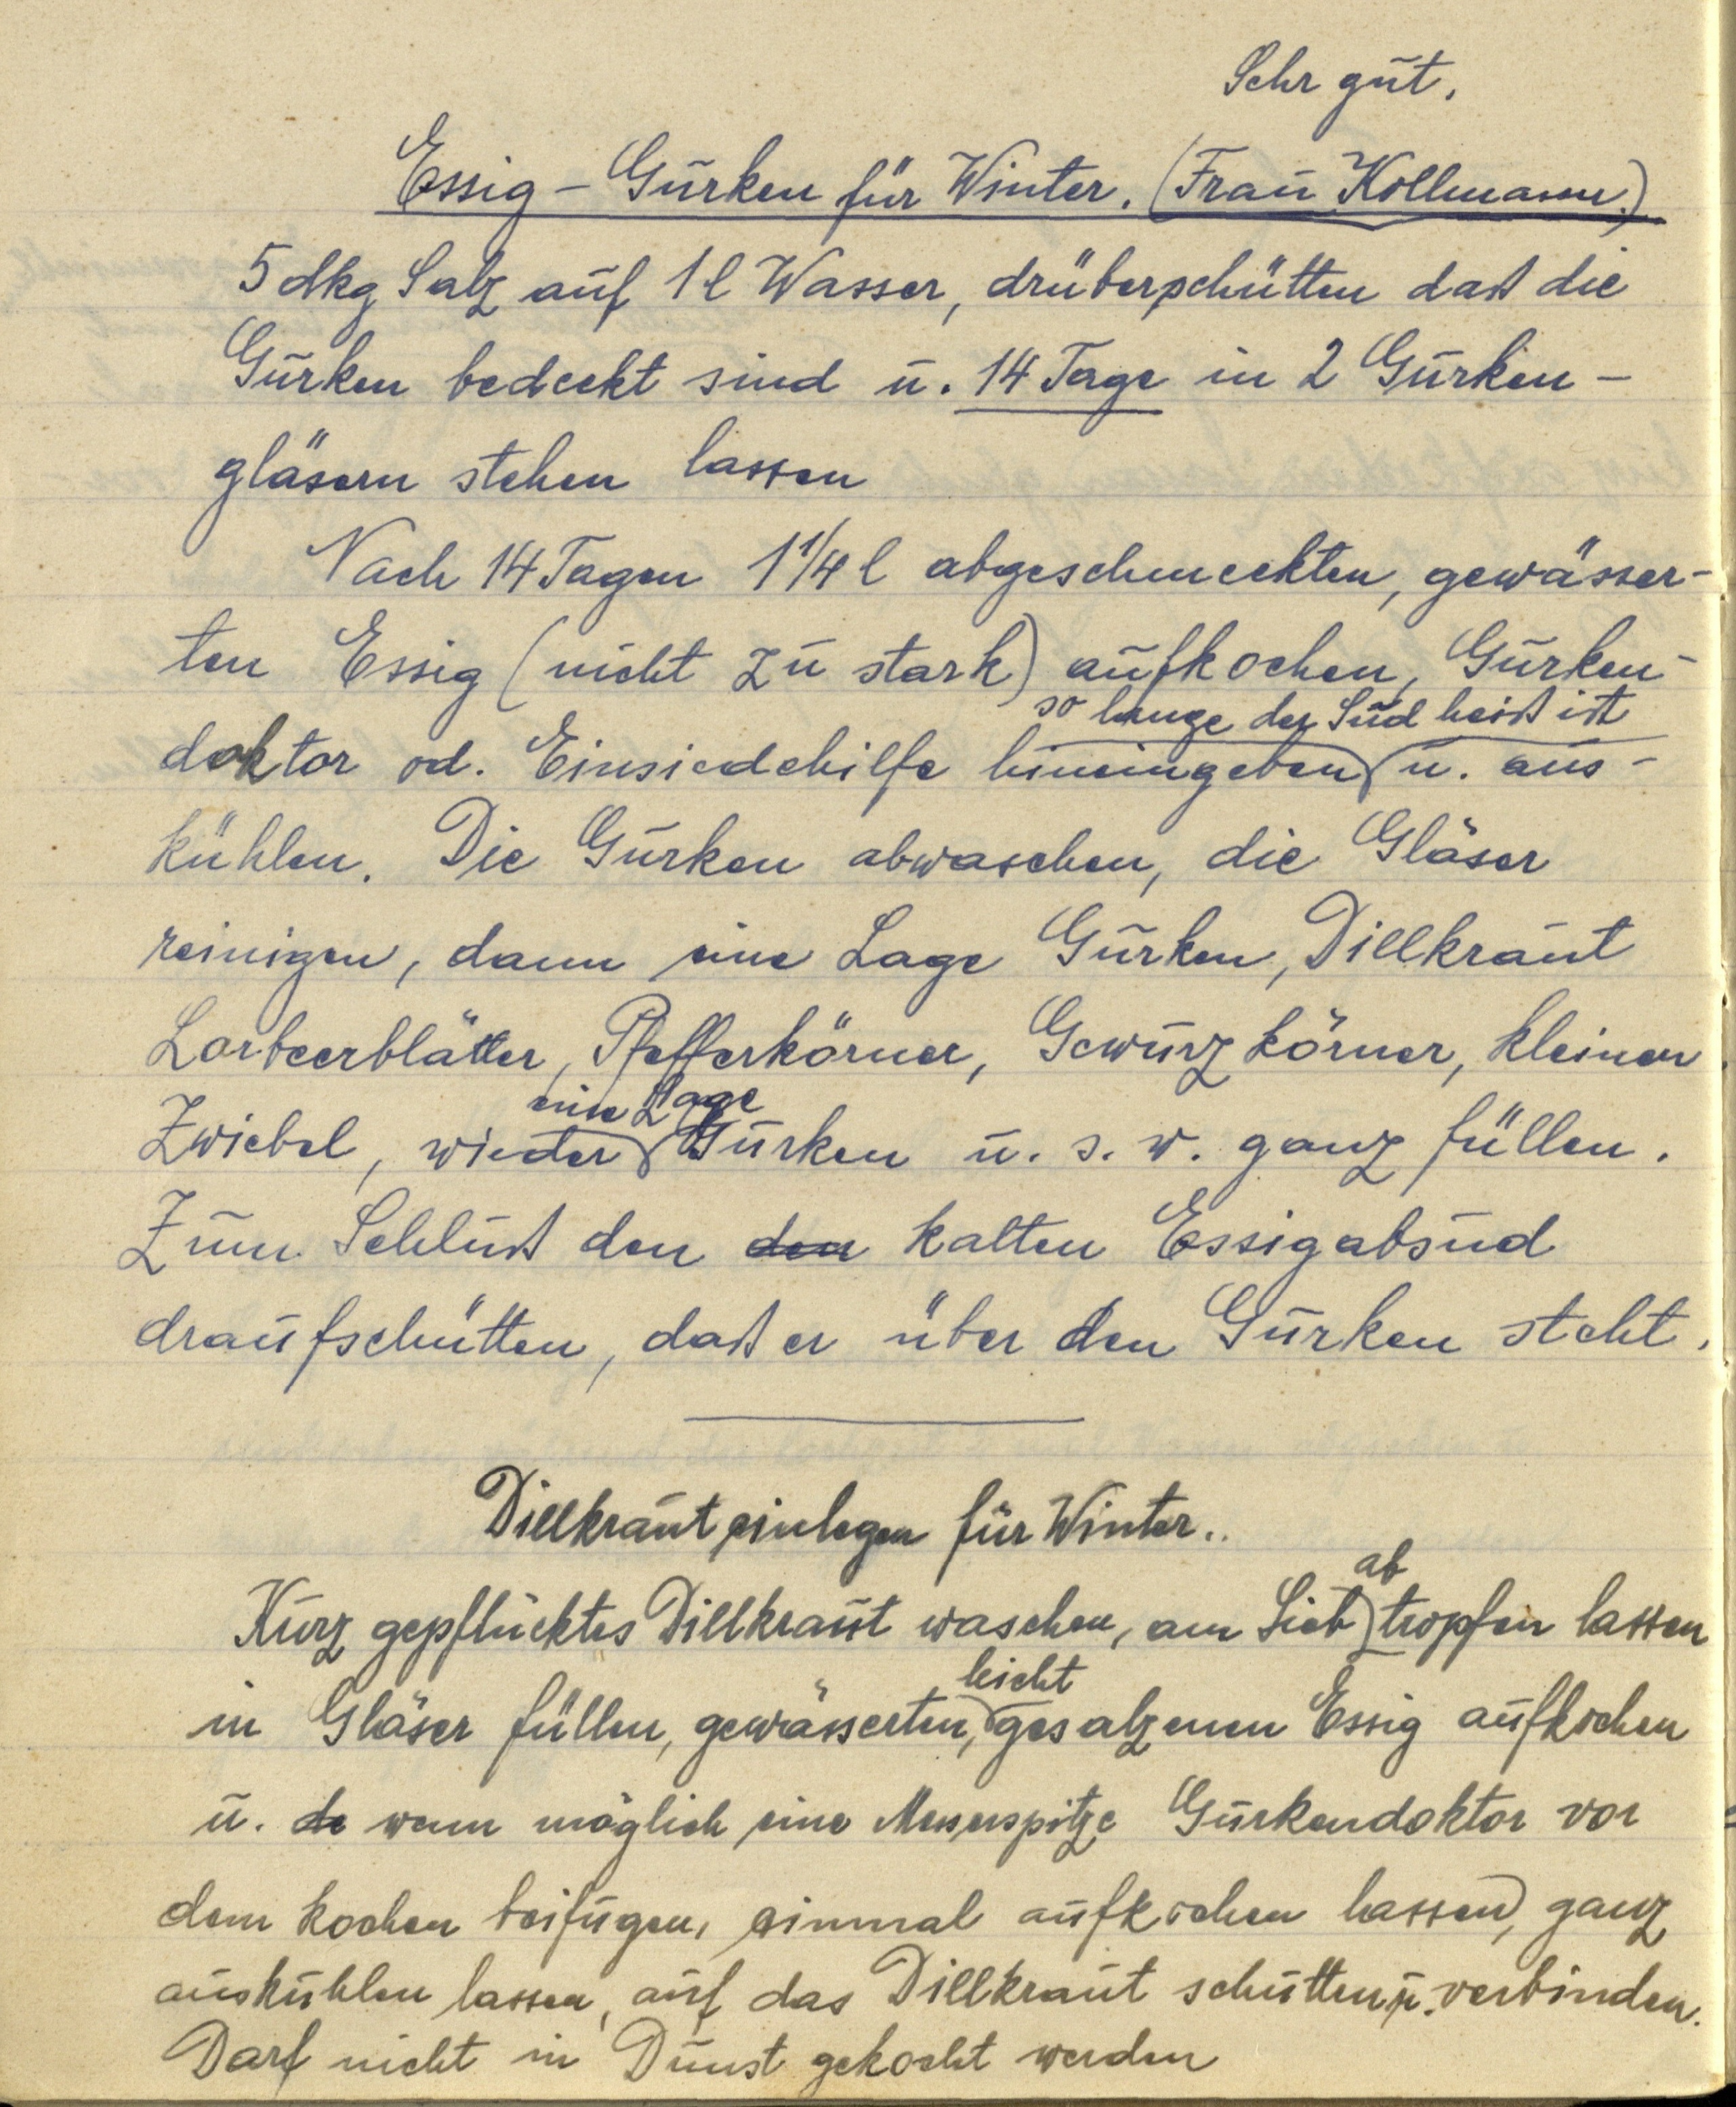
Sehr gut.
Essig-Gurken für Winter. (Frau Kollmann.)
5 dkg Salz auf 1 l Wasser, drüberschütten daß die
Gurken bedeckt sind u. 14 Tage in 2 Gurken¬
gläsern stehen lassen.
Nach 14 Tagen 1¼ l abgeschmeckten, gewässer¬
ten Essig (nicht zu stark) aufkochen, Gurken¬
doktor od. Einsiedehilfe hineingeben so lange der Sud heiß ist u. aus¬
kühlen. Die Gurken abwaschen, die Gläser
reinigen, dann eine Lage Gurken, Dillkraut
Lorbeerblätter, Pfefferkörner, Gewürzkörner, kleinen
Zwiebel, wieder eine Lage Gurken u. s. w. ganz füllen.
Zum Schluß den den kalten Essigabsud
draufschütten, daß er über den Gurken steht.

Dillkrauteinlagen für Winter.
Kurz gepflücktes Dillkraut waschen, am Sieb abtropfen lassen
in Gläser füllen, gewässerten, leicht gesalzenen Essig aufkochen
u. d wenn möglich eine Messerspitze Gurkendoktor vor
dem kochen beifügen, einmal aufkochen lassen, ganz
auskühlen lassen, auf das Dillkraut schütten u. verbinden.
Darf nicht in Dunst gekocht werden